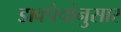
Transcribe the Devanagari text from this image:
डावपेचांनुसार